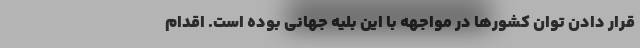
قرار دادن توان کشورها در مواجهه با این بلیه جهانی بوده است. اقدام